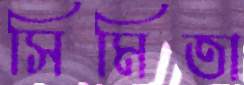
সিমিতা